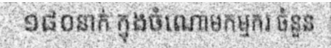
១៨០នាក់ ក្នុងចំណោមកម្មករ ចំនួន